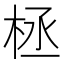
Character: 𣑕